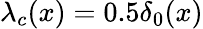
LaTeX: \lambda_{c}(x)=0.5\delta_{0}(x)